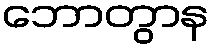
ဘောတွာန